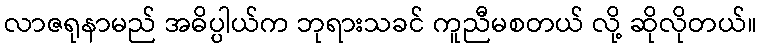
လာဇရုနာမည် အဓိပ္ပါယ်က ဘုရားသခင် ကူညီမစတယ် လို့ ဆိုလိုတယ်။